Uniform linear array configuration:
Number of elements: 64
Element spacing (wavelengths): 0.25
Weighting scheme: binomial
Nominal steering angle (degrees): -45
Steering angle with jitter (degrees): -46.184
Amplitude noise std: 0.05
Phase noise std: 0.05

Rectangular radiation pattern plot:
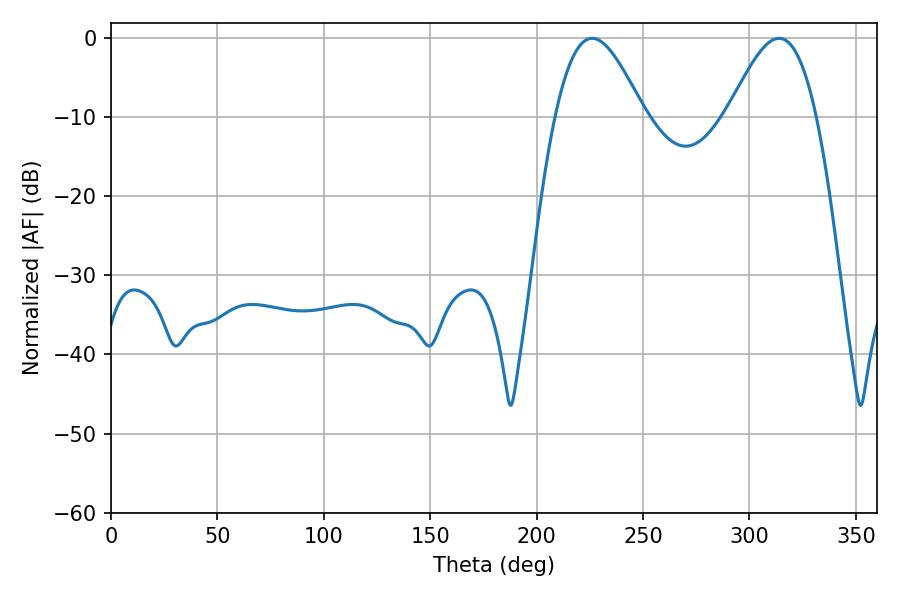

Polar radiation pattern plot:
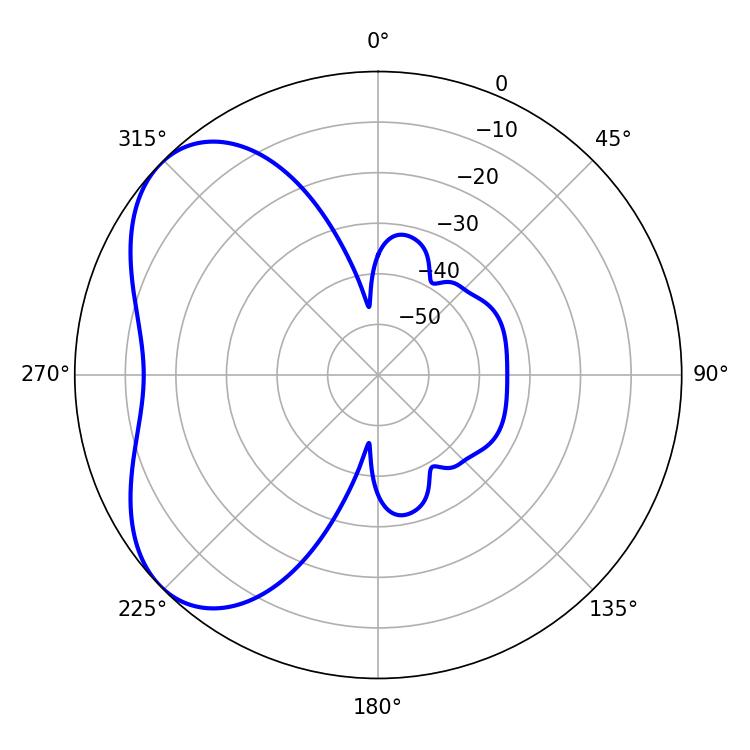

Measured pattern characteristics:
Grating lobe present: FALSE
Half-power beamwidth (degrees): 22.32
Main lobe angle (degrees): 226.08